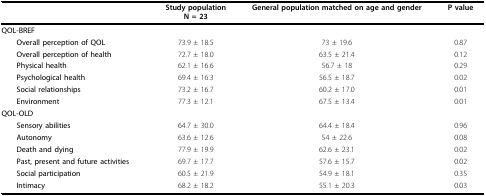
<table><thead><tr><td></td><td><b>Study populationN = 23</b></td><td><b>General population matched on age and gender</b></td><td><b>P value</b></td></tr></thead><tbody><tr><td><b>QOL-BREF</b></td><td></td><td></td><td></td></tr><tr><td><b>Overall perception of QOL</b></td><td>73.9 ± 18.5</td><td>73 ± 19.6</td><td>0.87</td></tr><tr><td><b>Overall perception of health</b></td><td>72.7 ± 18.0</td><td>63.5 ± 21.4</td><td>0.12</td></tr><tr><td><b>Physical health</b></td><td>62.1 ± 16.6</td><td>56.7 ± 18</td><td>0.29</td></tr><tr><td><b>Psychological health</b></td><td>69.4 ± 16.3</td><td>56.5 ± 18.7</td><td>0.02</td></tr><tr><td><b>Social relationships</b></td><td>73.2 ± 16.7</td><td>60.2 ± 17.0</td><td>0.01</td></tr><tr><td><b>Environment</b></td><td>77.3 ± 12.1</td><td>67.5 ± 13.4</td><td>0.01</td></tr><tr><td><b>QOL-OLD</b></td><td></td><td></td><td></td></tr><tr><td><b>Sensory abilities</b></td><td>64.7 ± 30.0</td><td>64.4 ± 18.4</td><td>0.96</td></tr><tr><td><b>Autonomy</b></td><td>63.6 ± 12.6</td><td>54 ± 22.6</td><td>0.08</td></tr><tr><td><b>Death and dying</b></td><td>77.9 ± 19.9</td><td>62.6 ± 23.1</td><td>0.02</td></tr><tr><td><b>Past, present and future activities</b></td><td>69.7 ± 17.7</td><td>57.6 ± 15.7</td><td>0.02</td></tr><tr><td><b>Social participation</b></td><td>60.5 ± 21.9</td><td>54.9 ± 18.1</td><td>0.35</td></tr><tr><td><b>Intimacy</b></td><td>68.2 ± 18.2</td><td>55.1 ± 20.3</td><td>0.03</td></tr></tbody></table>